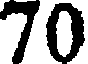
70